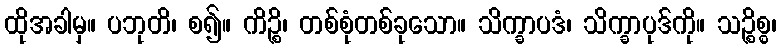
ထိုအခါမှ။ ပဘုတိ၊ စ၍။ ကိဉ္စိ၊ တစ်စုံတစ်ခုသော။ သိက္ခာပဒံ၊ သိက္ခာပုဒ်ကို။ သဉ္စိစ္စ၊